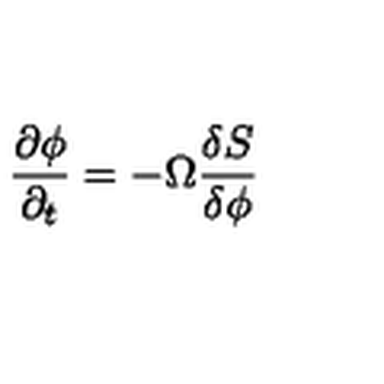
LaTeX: \frac { \partial \phi } { \partial _ { t } } = - \Omega \frac { \delta S } { \delta \phi }